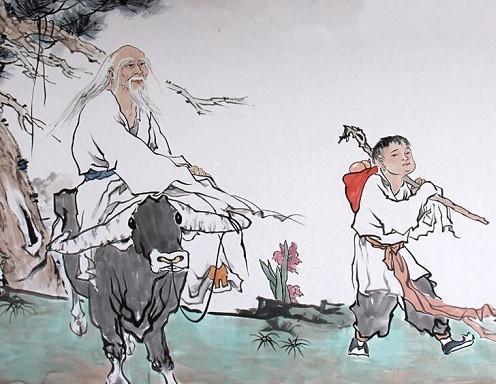
老子有见于诎，无见于信。